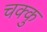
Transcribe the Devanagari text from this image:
चक्कु